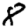
Digit: 8